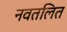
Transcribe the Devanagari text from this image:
नवतलित